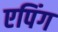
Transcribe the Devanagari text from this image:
एपिंग